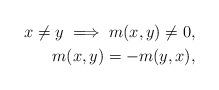
LaTeX: \begin{align*}x \ne y \implies m(x,y)\ne 0, \\ m(x,y) = -m(y,x), \end{align*}